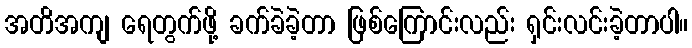
အတိအကျ ရေတွက်ဖို့ ခက်ခဲခဲ့တာ ဖြစ်ကြောင်းလည်း ရှင်းလင်းခဲ့တာပါ။